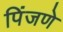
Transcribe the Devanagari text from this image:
पिंजणे